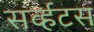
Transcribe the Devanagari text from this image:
सर्व्हटस